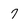
Character: 7